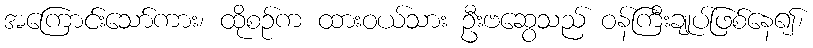
အကြောင်းသော်ကား၊ ထိုစဉ်က ထားဝယ်သား ဦးဗဆွေသည် ဝန်ကြီးချုပ်ဖြစ်နေ၍၊